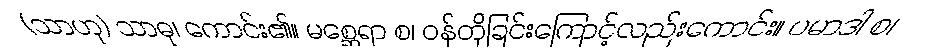
(သာဟု) သာဓု၊ ကောင်း၏။ မစ္ဆေရာ စ၊ ဝန်တိုခြင်းကြောင့်လည်းကောင်း။ ပမာဒါ စ၊